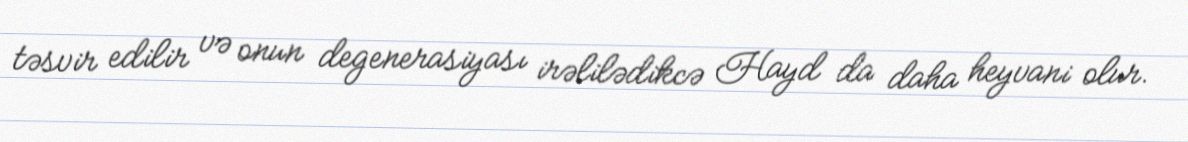
təsvir edilir və onun degenerasiyası irəlilədikcə Hayd da daha heyvani olur.